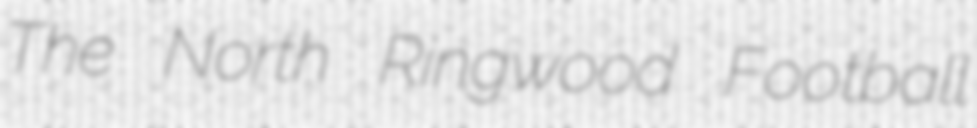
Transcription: The North Ringwood Football